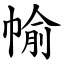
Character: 㡏